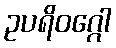
ဥပရိဝဂ္ဂေါ